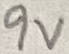
Text: 9V